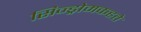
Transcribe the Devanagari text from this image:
सिन्ड्रोमकहते